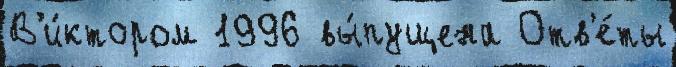
В'и́ктором 1996 вы́пущена Отв'е́ты